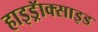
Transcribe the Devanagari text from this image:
हाइड्रॅाक्साइड